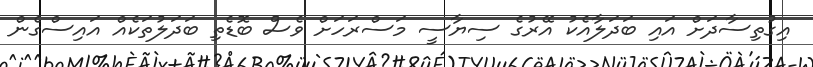
އިގުތިސާދަށް އައި ބަދަލާއެކު އޭރުގެ ސިޔާސީ މަސްރަހަށް ވެސް ބޮޑެތި ބަދަލުތަކެއް އައިސްގެން